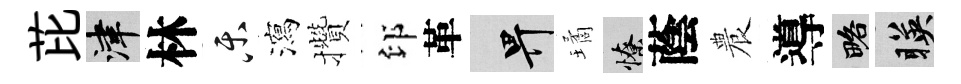
芘津林乐瀉攢印革畀璚憭蔭農導略暎